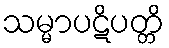
သမ္မာပဋိပတ္တိ